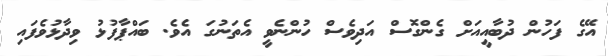
އޭގެ ފަހުން ދުބާއީއަށް ގެންގޮސް އަދިވެސް ހުންނެވީ އެތަނުގަ އެވެ. ބައްޕާފުޅު ވިދާޅުވެފައި